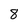
Character: 8